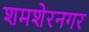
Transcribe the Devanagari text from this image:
शमशेरनगर